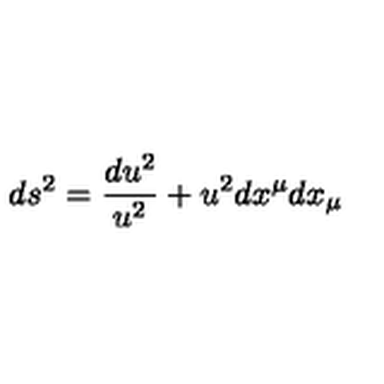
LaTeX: d s ^ { 2 } = { \frac { d u ^ { 2 } } { u ^ { 2 } } } + u ^ { 2 } d x ^ { \mu } d x _ { \mu }